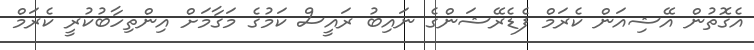
އެގޮތުން އޭޝިއަން ކެރަމް ފެޑެރޭޝަންގެ ނައިބު ރައީސް ކަމުގެ މަގާމަށް އިންތިހާބުކުރީ ކެރަމް